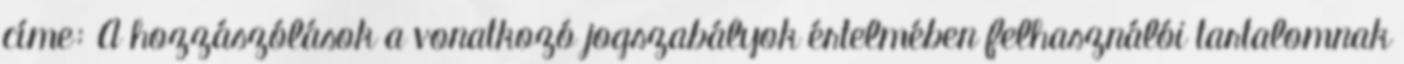
címe: A hozzászólások a vonatkozó jogszabályok értelmében felhasználói tartalomnak